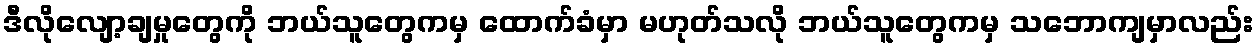
ဒီလိုလျော့ချမှုတွေကို ဘယ်သူတွေကမှ ထောက်ခံမှာ မဟုတ်သလို ဘယ်သူတွေကမှ သဘောကျမှာလည်း